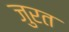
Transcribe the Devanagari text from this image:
जुरत